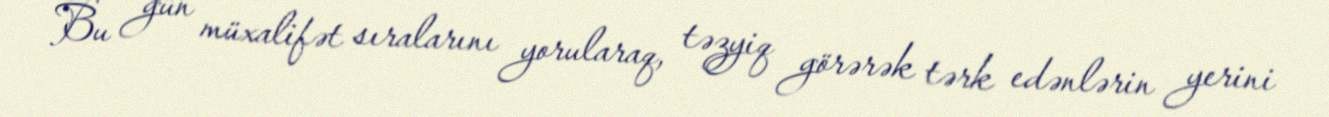
Bu gün müxalifət sıralarını yorularaq, təzyiq görərək tərk edənlərin yerini